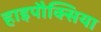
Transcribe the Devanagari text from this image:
हाइपौक्सिया